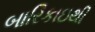
બારિકાઇથી